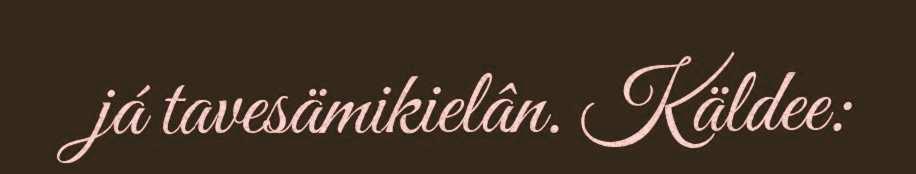
já tavesämikielân. Käldee: